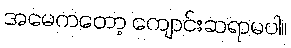
အမေကတော့ ကျောင်းဆရာမပါ။